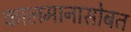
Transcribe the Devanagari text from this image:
कालमानासोबत